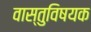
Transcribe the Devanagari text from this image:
वास्तुविषयक